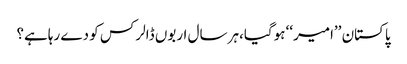
پاکستان ’’امیر‘‘ ہوگیا،ہر سال اربوں ڈالر کس کو دے رہاہے؟